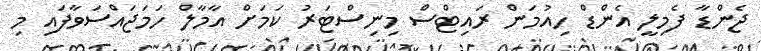
ޖެންޑާ ފެމިލީ އެންޑް ހިއުމަން ރައިޓްސް މިނިސްޓަރު ކަމަށް އާމާލް ހަމަޖައްސަވާފައި މި